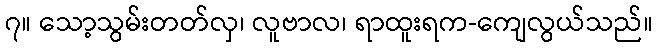
၇။ သော့သွမ်းတတ်လှ၊ လူဗာလ၊ ရာထူးရက-ကျေလွယ်သည်။